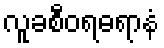
လူခစီဝရဓရာနံ